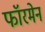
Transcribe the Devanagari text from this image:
फॉरमेन